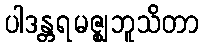
ပါဒန္တရမဇ္ဈဘူသိတာ